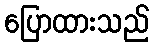
ပြောထားသည်